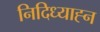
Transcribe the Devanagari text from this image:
निदिध्याह्न